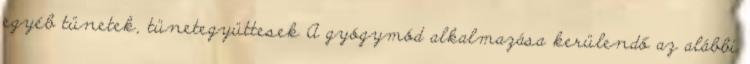
egyéb tünetek, tünetegyüttesek A gyógymód alkalmazása kerülendő az alábbi